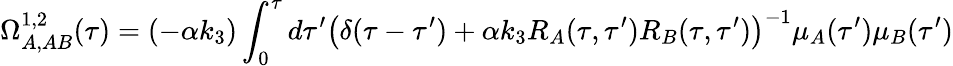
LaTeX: {}\Omega_{A,AB}^{1,2}(\tau)=(-\alpha k_{3})\int_{0}^{\tau}d\tau^{\prime}\left(\delta(\tau-\tau^{\prime})+\alpha k_{3}R_{A}(\tau,\tau^{\prime})R_{B}(\tau,\tau^{\prime})\right)^{-1}\mu_{A}(\tau^{\prime})\mu_{B}(\tau^{\prime})